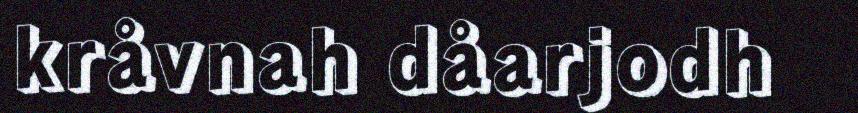
kråvnah dåarjodh